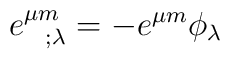
e^{\mu m }_{~~; \lambda} =- e^{\mu m } \phi_\lambda